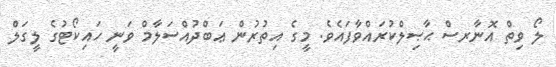
ލޯ ވިތް އޮނާރސް ޙާޞިލްކުރައްވާފައެވެ. މީގެ އިތުރުން ޢަބްދުއްސަލާމް ވަނީ ހައިކޯޓުގެ ލީގަލް